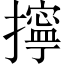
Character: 擰